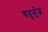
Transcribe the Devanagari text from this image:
चतुर्भुजं